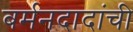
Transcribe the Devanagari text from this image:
बर्मनदादांची